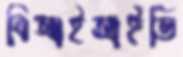
বিআইআইডি